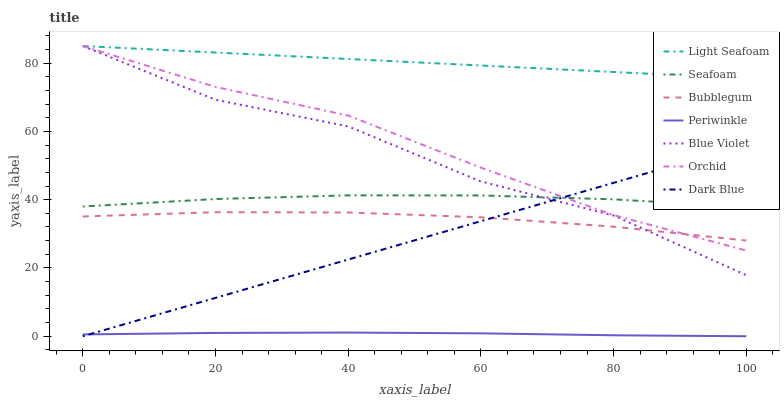
| xaxis_label | Light Seafoam | Seafoam | Bubblegum | Periwinkle | Blue Violet | Orchid | Dark Blue |
 | --- | --- | --- | --- | --- | --- | --- | --- |
 | 0 | 85 | 38 | 35.1 | 0.536 | 85 | 85 | 0 |
 | 20 | 83.1 | 40.2 | 36.3 | 0.976 | 69.3 | 73 | 11.2 |
 | 40 | 81.2 | 41.3 | 36.2 | 1.08 | 61.5 | 64.6 | 22.5 |
 | 60 | 79.3 | 41.2 | 34.8 | 0.849 | 45.3 | 49.4 | 33.7 |
 | 80 | 77.4 | 40.1 | 32.1 | 0.283 | 35.4 | 35.5 | 44.9 |
 | 100 | 75.5 | 37.8 | 28 | 0 | 17.9 | 25.1 | 56.2 |